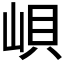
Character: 𱛫